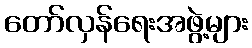
တော်လှန်ရေးအဖွဲ့များ